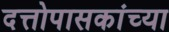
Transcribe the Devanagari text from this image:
दत्तोपासकांच्या